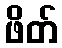
ဖိတ်